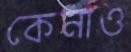
কেনাও